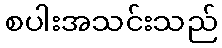
စပါးအသင်းသည်